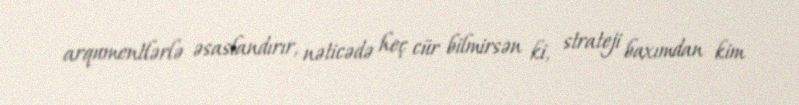
arqumentlərlə əsaslandırır, nəticədə heç cür bilmirsən ki, strateji baxımdan kim